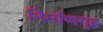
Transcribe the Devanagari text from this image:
निर्माणगृह